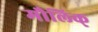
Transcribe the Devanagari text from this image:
मौलिक्